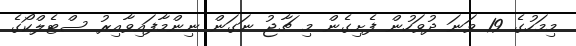
މިމަހުގެ 19 ވަނަ ދުވަހުން ފެށިގެން މި ޗާޖު ނަގަން ނިންމާފައިވާއިރު ސްޓެލްކޯގެ